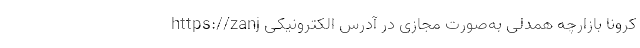
کرونا بازارچه همدلی به‌صورت مجازی در آدرس الکترونیکی https://zanj